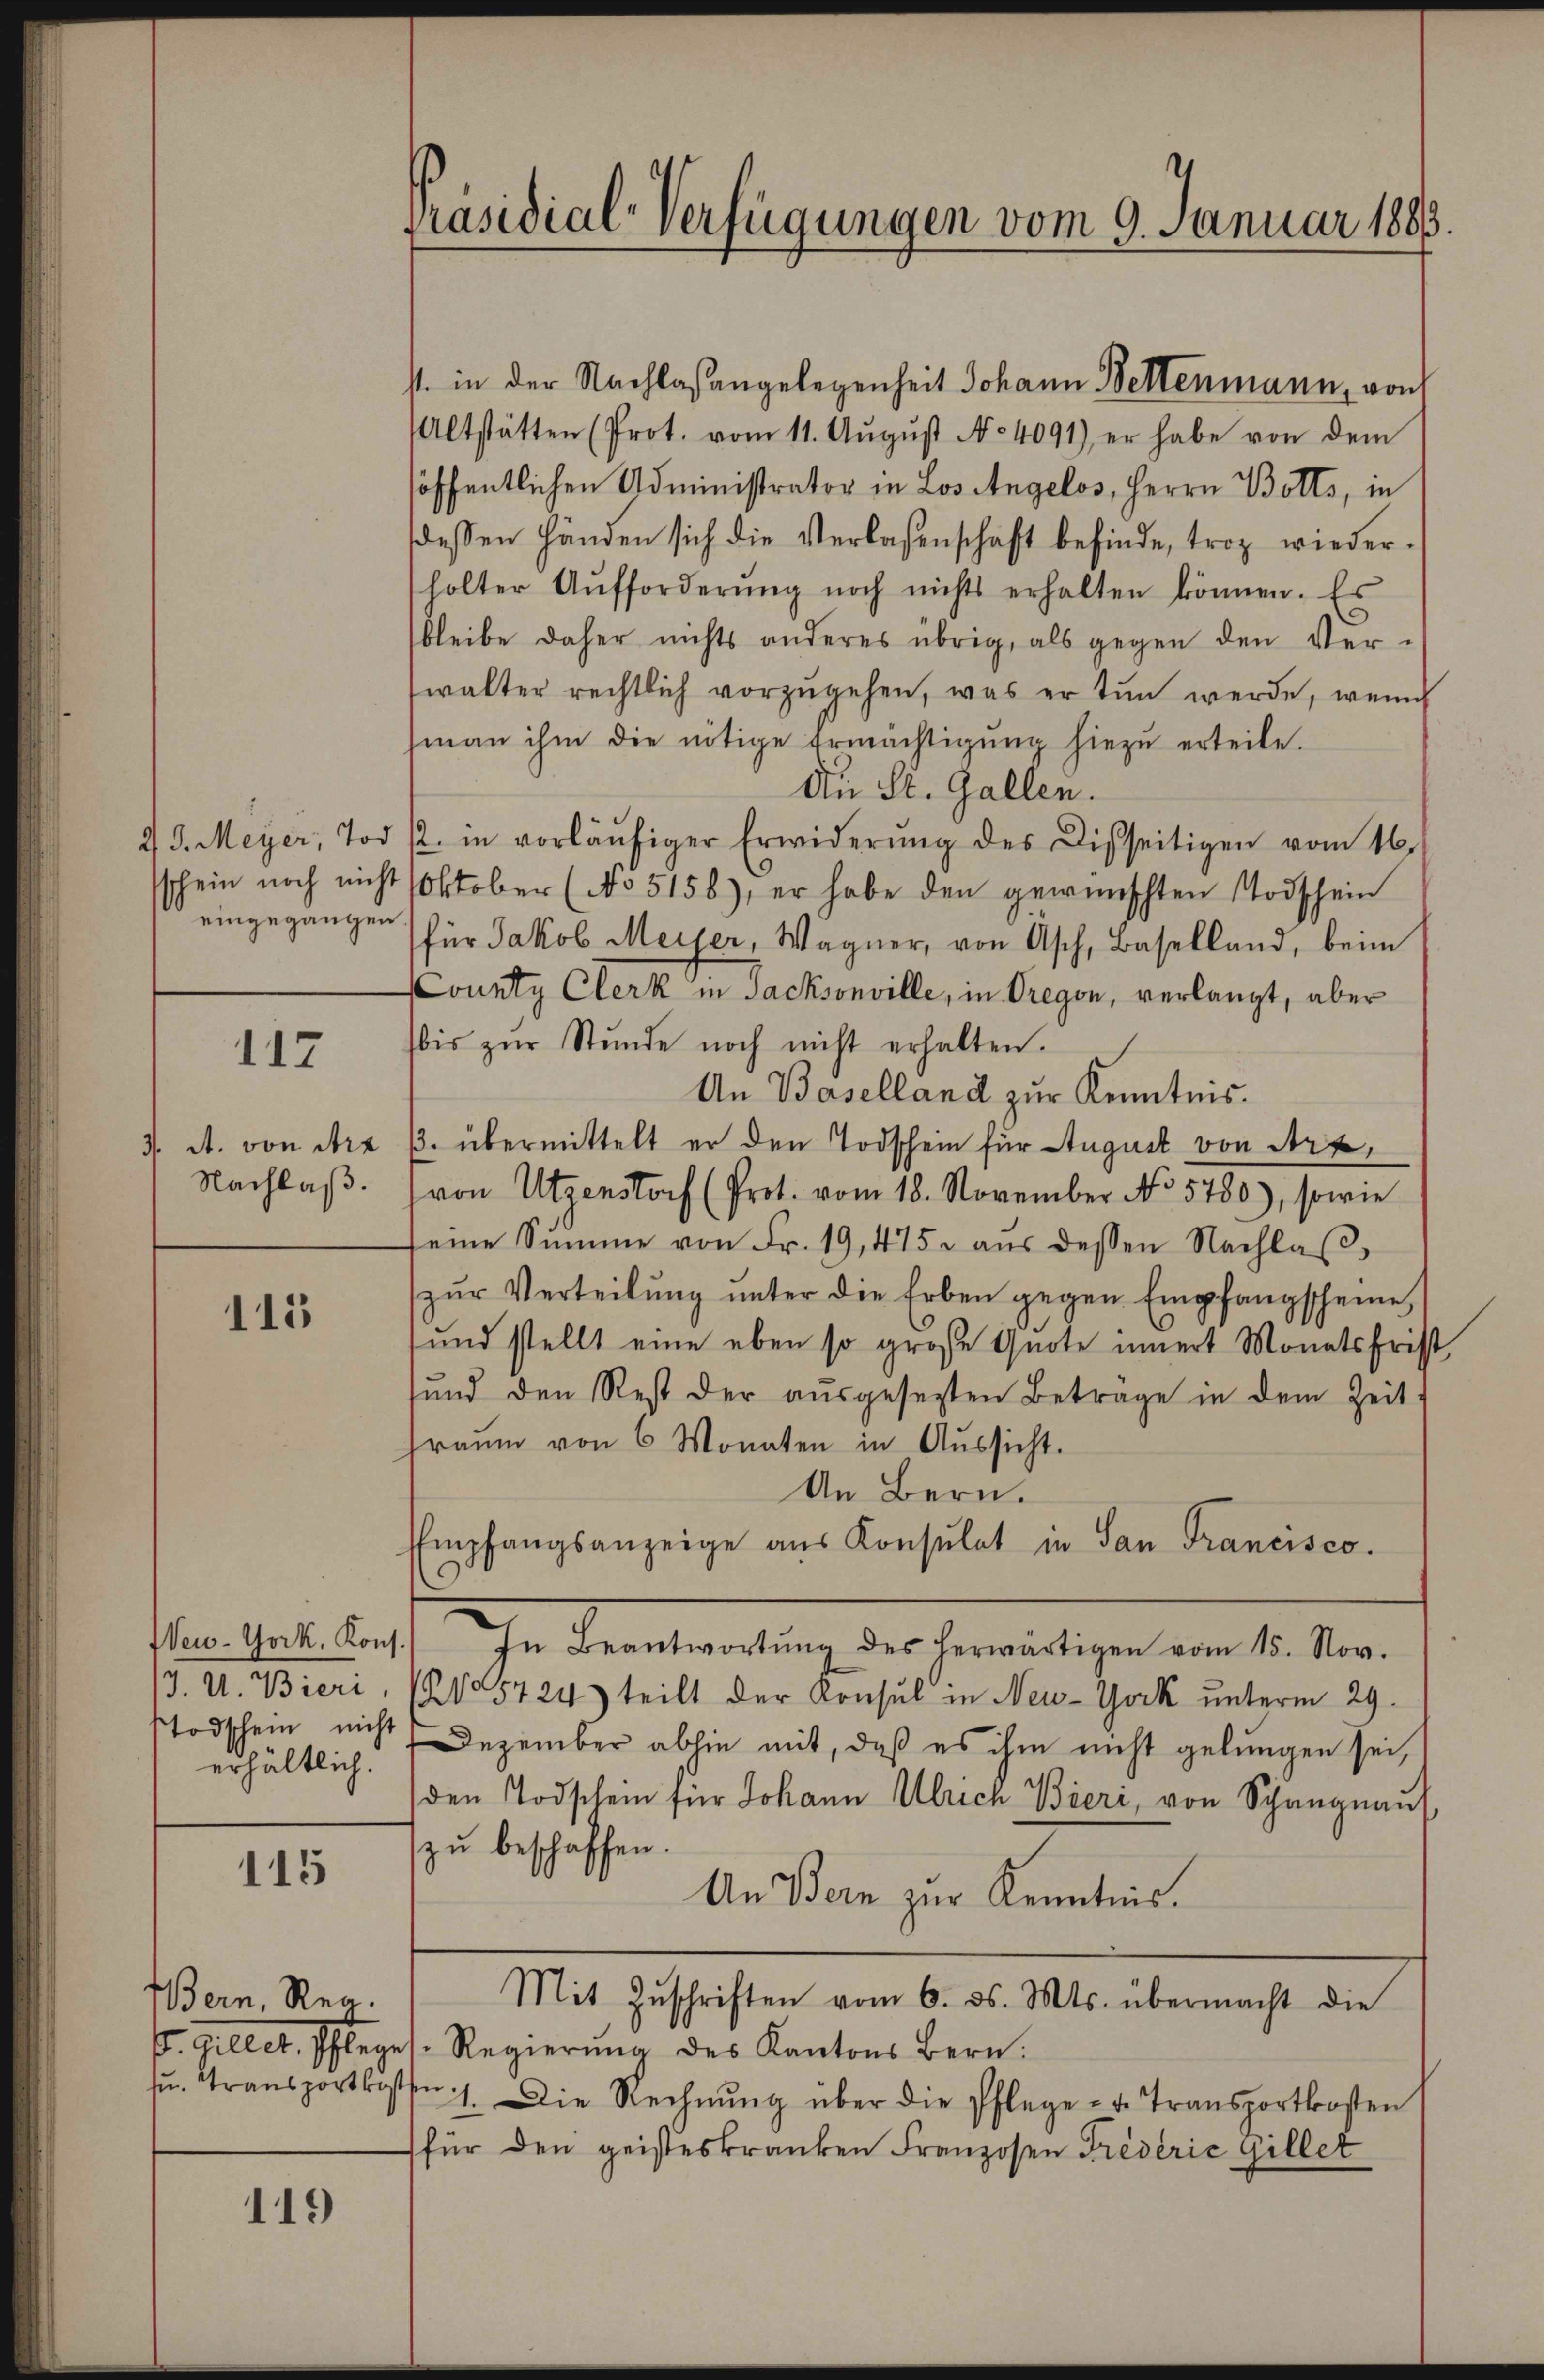
sschein noch nicht
eingegangen

117

J. A. von Arz
Nachlaß.

115

J. U. Bieri,
Todschein, nicht
erhältlich.

115

Bern, Reg.
u. Transportkosten

119

Präsidial-Verfügungen vom 9. Januar 1883.

st. in der Nachlaßangelegenheit Johann Bettenmann, von
Altstätten (Prot. vom 11. Aŭgŭst No 4091), er habe von dem
öffentlichen Administrator in Los Angelos, Herrn Botts, in
dessen Händen sich die Verlassenschaft befinde, troz wiederholter Aŭfforderŭng noch nichts erhalten können. Es
bleibe daher nichts anderes übrig, als gegen den Ver-
walter rechtlich vorzŭgehen, was er tun werde, wenn
man ihm die nötige Ermächtigŭng hiezŭ erteile.
Au St. Gallen.
2 J. Meyer, Tod 12. in vorläŭfiger Erwiderŭng des Disseitigen vom 16.
Oktober (No 5158), er habe den gewünschten Todschein
für Jakob Meyer, Wagner, von Asch, Baselland, beim
County Clerk in Sacksonville, in Dregen, verlangt, aber
bis zŭr Stŭnde noch nicht erhalten.
An Baselland zur Kenntnis.
/. übermittelt er den Todschein für August von Art,
von Utzenstorf (Prot. vom 18. November No. 5780), sowie
seine Summe von Fr. 19, 415 aŭs dessen Nachlaβ
zŭr Verteilŭng ŭnter die Erben gegen Empfangscheine
und stellt eine eben so große Quote innert Monatsfrist
sŭnd den Rest der aŭsgesetzten Beträge in dem Zeit
traum von 6 Monaten in Aussicht.
An Bern.
Empfangsanzeige aŭs Konsulat in San Francisco.
New-York. Kons.) In Beantwortŭng des herwärtigen vom 15. Nov.
(205724) teilt der Konsul in New-York unterm 29.
Dezember abhin mit, daß es ihm nicht gelungen sei,
den Todschein für Johann Ulrich Bieri, von Schangnaus
zu beschaffen.
An Bern zur Kenntnis.
Mit Zŭschriften vom 6. ds. Mts. übermacht die
. Gillet, Pfleges. Regierŭng des Kantons Bern.
41. Die Rechnŭng über die Pflege- u. Transportkosten
für den geisteskranken Franzosen Frederić Gillet